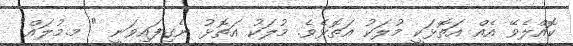
ކޮއްލެވޭ އެއް އަތޮޅަކީ މުލަކު އަތޮޅެވެ. މުލަކު އަތޮޅު ނެގިފައިވަނީ " މ.މުލައް"